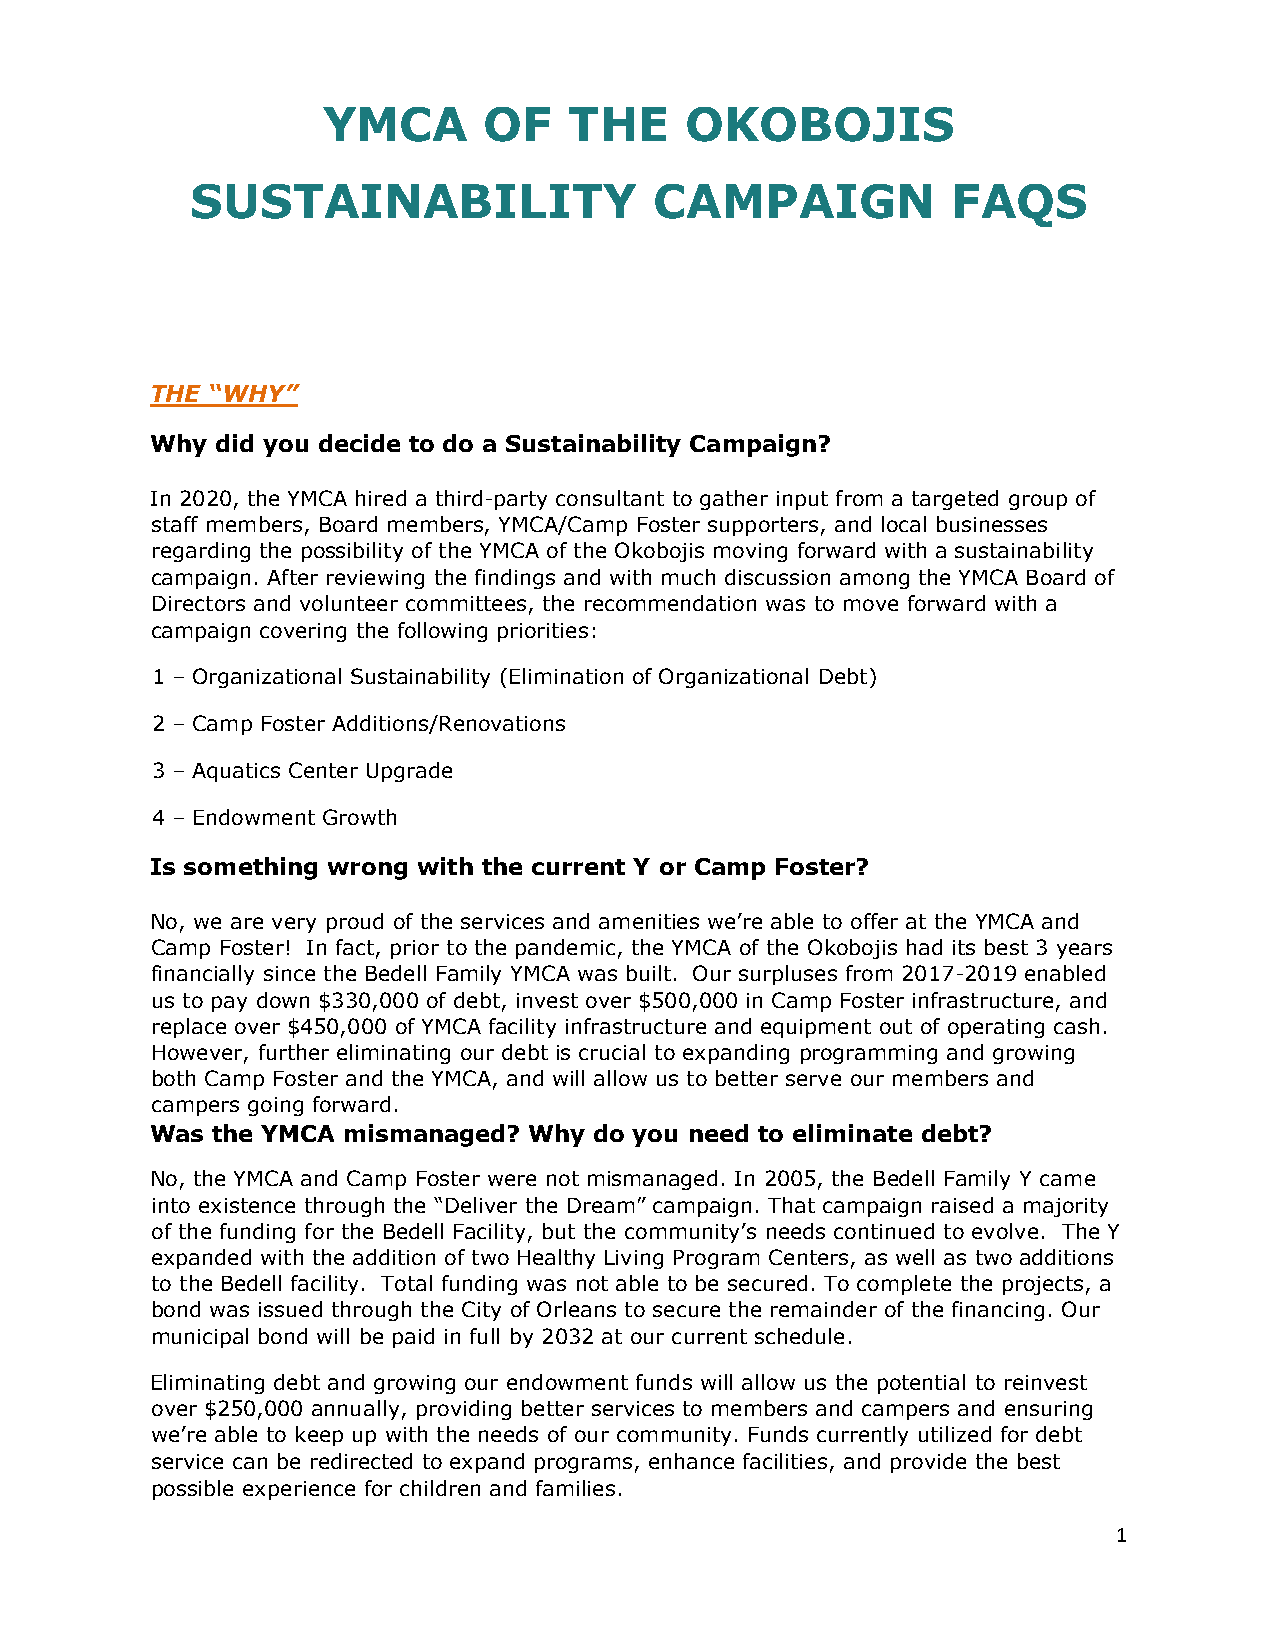
YMCA       OF    THE    OKOBOJIS
 SUSTAINABILITY                CAMPAIGN            FAQS
 THE “WHY”
 Why did you decide to do a Sustainability Campaign?
 In 2020, the YMCA hired a third-party consultant to gather input from a targeted group of
 staff members, Board members, YMCA/Camp Foster supporters, and local businesses
 regarding the possibility of the YMCA of the Okobojis moving forward with a sustainability
 campaign. After reviewing the findings and with much discussion among the YMCA Board of
 Directors and volunteer committees, the recommendation was to move forward with a
 campaign covering the following priorities:
 1 – Organizational Sustainability (Elimination of Organizational Debt)
 2 – Camp Foster Additions/Renovations
 3 – Aquatics Center Upgrade
 4 – Endowment Growth
 Is something wrong with the current Y or Camp Foster?
 No, we are very proud of the services and amenities we’re able to offer at the YMCA and
 Camp Foster! In fact, prior to the pandemic, the YMCA of the Okobojis had its best 3 years
 financially since the Bedell Family YMCA was built. Our surpluses from 2017-2019 enabled
 us to pay down $330,000 of debt, invest over $500,000 in Camp Foster infrastructure, and
 replace over $450,000 of YMCA facility infrastructure and equipment out of operating cash.
 However, further eliminating our debt is crucial to expanding programming and growing
 both Camp Foster and the YMCA, and will allow us to better serve our members and
 campers going forward.
 Was the YMCA mismanaged? Why do you need to eliminate debt?
 No, the YMCA and Camp Foster were not mismanaged. In 2005, the Bedell Family Y came
 into existence through the “Deliver the Dream” campaign. That campaign raised a majority
 of the funding for the Bedell Facility, but the community’s needs continued to evolve. The Y
 expanded with the addition of two Healthy Living Program Centers, as well as two additions
 to the Bedell facility. Total funding was not able to be secured. To complete the projects, a
 bond was issued through the City of Orleans to secure the remainder of the financing. Our
 municipal bond will be paid in full by 2032 at our current schedule.
 Eliminating debt and growing our endowment funds will allow us the potential to reinvest
 over $250,000 annually, providing better services to members and campers and ensuring
 we’re able to keep up with the needs of our community. Funds currently utilized for debt
 service can be redirected to expand programs, enhance facilities, and provide the best
 possible experience for children and families.
 1